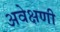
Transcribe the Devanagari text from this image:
अवेक्षणी